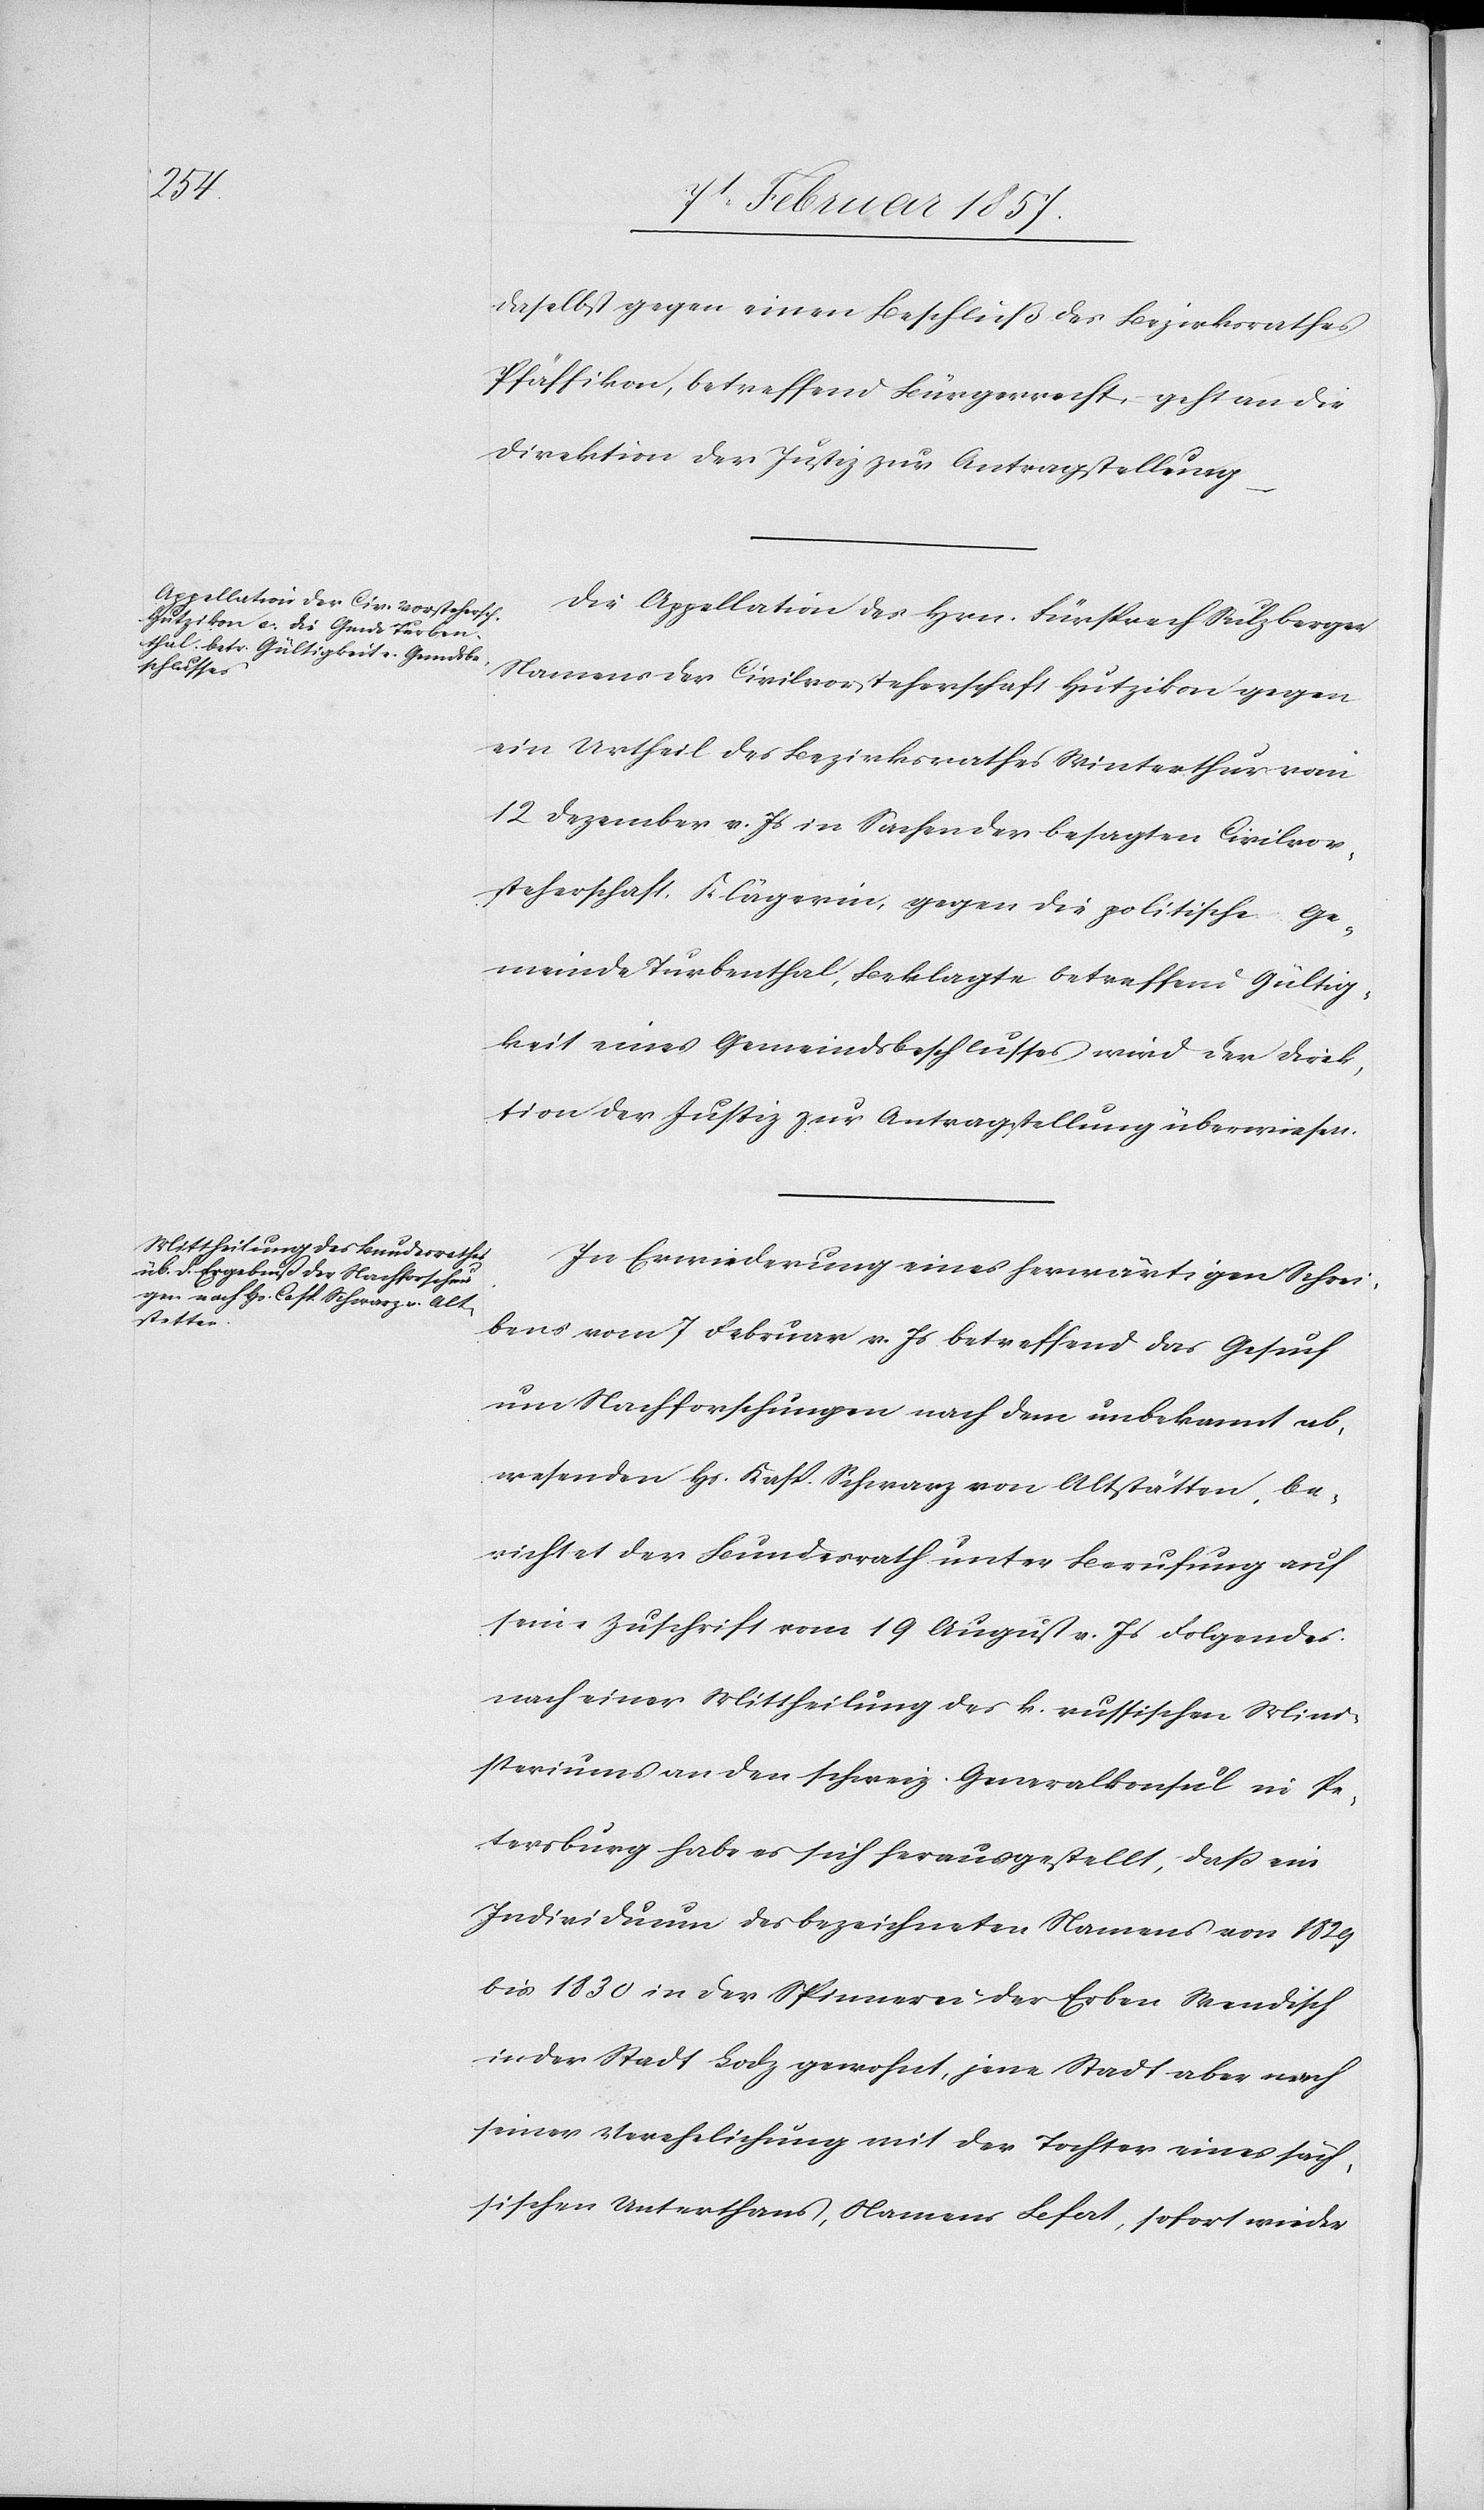
den

9t Februar 1857.]
daselbst gegen einen Beschluß des Bezirksrathes
Pfäffikon, betreffend Bürgerrecht, geht an die
Direktion der Justiz zur Antragstellung.
Die Appellation des Hrn. Fürsprech Sulzberger
Namens der Civilvorsteherschaft Hutzikon gegen
ein Urtheil des Bezirksrathes Winterthur vom
12 Dezember v. Js in Sachen der besagten Civilvor¬
steherschaft, Klägerin, gegen die politische Ge¬
meinde Turbenthal, Beklagte betreffend Gültig¬
keit eines Gemeindsbeschlusses wird der Direk¬
tion der Justiz zur Antragstellung überwiesen.
In Erwiederung eines herwärtigen Schrei¬
bens vom 7 Februar v. Js betreffend das Gesuch
um Nachforschungen nach dem unbekannt ab¬
wesenden Hs. Kasp. Schwarz von Altstätten, be¬
richtet der Bundesrath unter Berufung auf
seine Zuschrift vom 19 August v. Js Folgendes:
nach einer Mittheilung des k. russischen Mini¬
steriums an den schweiz. Generalkonsul in Pe¬
tersburg habe es sich herausgestellt, daß ein
Individuum des bezeichneten Namens von 1829
bis 1830 in der Spinnerei der Erben Wendisch
in der Stadt Lodz gewohnt, jene Stadt aber nach
seiner Verehelichung mit der Tochter eines säch¬
sischen Unterthans, Namens Lefat, sofort wieder